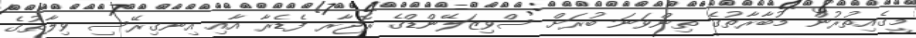
މީގެއިތުރުން މުބާރާތުގެ ތިންވަނަ ބުރަށް ސްވިޒަލޭންޑްގެ ރޮޖާރ ފެޑެރާ އާއި އިނގިރޭސި ވިލާތުގެ